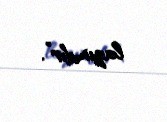
lazımdır”.